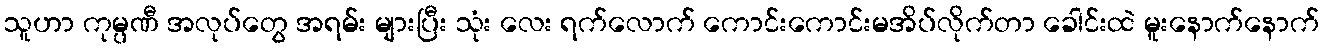
သူဟာ ကုမ္ပဏီ အလုပ်တွေ အရမ်း များပြီး သုံး လေး ရက်လောက် ကောင်းကောင်းမအိပ်လိုက်တာ ခေါင်းထဲ မူးနောက်နောက်